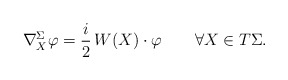
\begin{align*} \nabla^{\Sigma}_X\varphi =\frac{i}{2}\, W(X)\cdot \varphi \qquad\forall X\in T\Sigma.\end{align*}